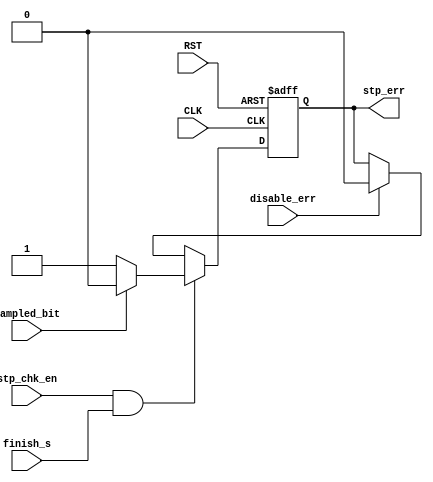
module stop_check
  (
  input wire stp_chk_en,
  input wire sampled_bit,
  input wire finish_s,
  input wire disable_err,
  input wire CLK,
  input wire RST,
  output reg stp_err
  );
  
  always@(posedge CLK or negedge RST)
  begin
    if (!RST) stp_err <= 1'b0;
   else if(stp_chk_en && finish_s)
      begin
        if (sampled_bit) stp_err <= 1'b0;
        else stp_err <= 1'b1;
      end
    else if (disable_err) stp_err <= 1'b0;
  end
endmodule